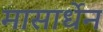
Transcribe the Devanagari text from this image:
मासार्धेन